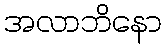
အလာဘိနော